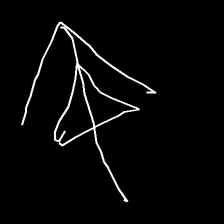
Glyph: pull